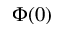
\Phi ( 0 )